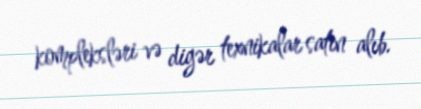
kompleksləri və digər texnikalar satın alıb.